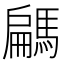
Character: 騗